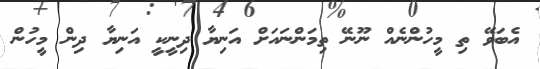
އެބަވޭ ތި މީހުންނެއް ނޫނޭ ތިމަންނައަށް އަނިޔާ ދިނީކީ އަނިޔާ ދިން މީހުން